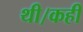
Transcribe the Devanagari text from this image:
थी।कही